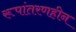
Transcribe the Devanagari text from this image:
रूपांतरणहीन